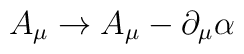
A_{\mu} \rightarrow  A_{\mu} - \partial_{\mu} \alpha